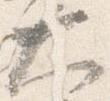
大